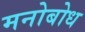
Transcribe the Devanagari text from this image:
मनोबोध